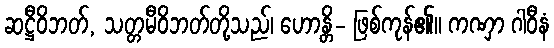
ဆဋ္ဌီဝိဘတ်, သတ္တမီဝိဘတ်တို့သည်၊ ဟောန္တိ- ဖြစ်ကုန်၏။ ကဏှာ ဂါဝီနံ